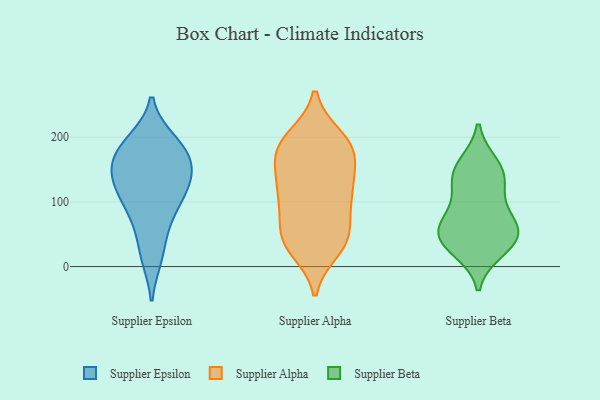
{"axis": {"x": "Production Output", "y": "Value"}, "legend": ["Supplier Alpha", "Supplier Beta", "Supplier Epsilon"], "data": [{"x": "", "y": 134, "type": "Supplier Epsilon"}, {"x": "", "y": 101, "type": "Supplier Epsilon"}, {"x": "", "y": 140, "type": "Supplier Epsilon"}, {"x": "", "y": 155, "type": "Supplier Epsilon"}, {"x": "", "y": 168, "type": "Supplier Epsilon"}, {"x": "", "y": 104, "type": "Supplier Epsilon"}, {"x": "", "y": 195, "type": "Supplier Epsilon"}, {"x": "", "y": 14, "type": "Supplier Epsilon"}, {"x": "", "y": 60, "type": "Supplier Epsilon"}, {"x": "", "y": 187, "type": "Supplier Epsilon"}, {"x": "", "y": 183, "type": "Supplier Alpha"}, {"x": "", "y": 177, "type": "Supplier Alpha"}, {"x": "", "y": 148, "type": "Supplier Alpha"}, {"x": "", "y": 56, "type": "Supplier Alpha"}, {"x": "", "y": 182, "type": "Supplier Alpha"}, {"x": "", "y": 113, "type": "Supplier Alpha"}, {"x": "", "y": 114, "type": "Supplier Alpha"}, {"x": "", "y": 44, "type": "Supplier Alpha"}, {"x": "", "y": 181, "type": "Supplier Alpha"}, {"x": "", "y": 199, "type": "Supplier Alpha"}, {"x": "", "y": 27, "type": "Supplier Alpha"}, {"x": "", "y": 152, "type": "Supplier Alpha"}, {"x": "", "y": 46, "type": "Supplier Alpha"}, {"x": "", "y": 33, "type": "Supplier Alpha"}, {"x": "", "y": 98, "type": "Supplier Alpha"}, {"x": "", "y": 44, "type": "Supplier Alpha"}, {"x": "", "y": 117, "type": "Supplier Alpha"}, {"x": "", "y": 198, "type": "Supplier Alpha"}, {"x": "", "y": 103, "type": "Supplier Alpha"}, {"x": "", "y": 26, "type": "Supplier Beta"}, {"x": "", "y": 48, "type": "Supplier Beta"}, {"x": "", "y": 157, "type": "Supplier Beta"}, {"x": "", "y": 141, "type": "Supplier Beta"}, {"x": "", "y": 121, "type": "Supplier Beta"}, {"x": "", "y": 59, "type": "Supplier Beta"}, {"x": "", "y": 83, "type": "Supplier Beta"}, {"x": "", "y": 40, "type": "Supplier Beta"}, {"x": "", "y": 145, "type": "Supplier Beta"}, {"x": "", "y": 42, "type": "Supplier Beta"}, {"x": "", "y": 67, "type": "Supplier Beta"}]}